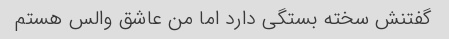
گفتنش سخته بستگی دارد اما من عاشق والس هستم